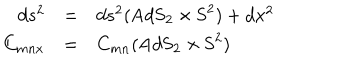
\begin{array} { r c l } { { d s ^ { 2 } } } & { { = } } & { { d s ^ { 2 } ( \mathrm { A d S } _ { 2 } \times \mathrm { S } ^ { 2 } ) + d x ^ { 2 } } } \\ { { C _ { m n x } } } & { { = } } & { { C _ { m n } ( \mathrm { A d S } _ { 2 } \times \mathrm { S } ^ { 2 } ) } } \\ \end{array}